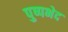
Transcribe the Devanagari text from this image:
पुष्पभेद